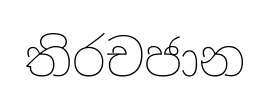
තිරචජාන